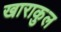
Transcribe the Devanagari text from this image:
खाराकुल